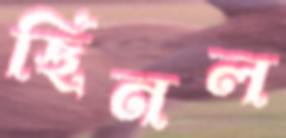
ছিনল